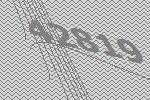
42819